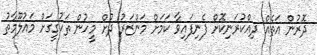
ދޮރުން އަތެއް ދިއްކުރަނިކޮށް ފެނިފައިވާ ކަމަށް މަންޒަރު ދުށް މީހުން ތަހުގީގަށް މައުލޫމާތު